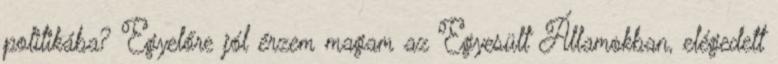
politikába? Egyelőre jól érzem magam az Egyesült Államokban, elégedett